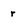
Character: y